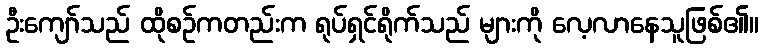
ဦးကျော်သည် ထိုစဉ်ကတည်းက ရုပ်ရှင်ရိုက်သည် များကို လေ့လာနေသူဖြစ်၏။